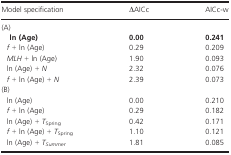
<table><thead><tr><td><b>Model specification</b></td><td><b>ΔAICc</b></td><td><b>AICc-w</b></td></tr></thead><tbody><tr><td colspan="3">(A)</td></tr><tr><td><b>ln (Age)</b></td><td><b>0.00</b></td><td><b>0.241</b></td></tr><tr><td> <i>f</i> + ln (Age)</td><td>0.29</td><td>0.209</td></tr><tr><td> <i>MLH</i> + ln (Age)</td><td>1.90</td><td>0.093</td></tr><tr><td> ln (Age) + <i>N</i></td><td>2.32</td><td>0.076</td></tr><tr><td> <i>f</i> + ln (Age) + <i>N</i></td><td>2.39</td><td>0.073</td></tr><tr><td colspan="3">(B)</td></tr><tr><td> ln (Age)</td><td>0.00</td><td>0.210</td></tr><tr><td> <i>f</i> + ln (Age)</td><td>0.29</td><td>0.182</td></tr><tr><td> ln (Age) + <i>T</i><sub>Spring</sub></td><td>0.42</td><td>0.171</td></tr><tr><td> <i>f</i> + ln (Age) + <i>T</i><sub>Spring</sub></td><td>1.10</td><td>0.121</td></tr><tr><td> ln (Age) + <i>T</i><sub><i>Summer</i></sub></td><td>1.81</td><td>0.085</td></tr></tbody></table>